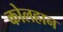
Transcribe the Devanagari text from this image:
कोलहान